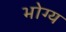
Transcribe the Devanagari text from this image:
भोग्‍य